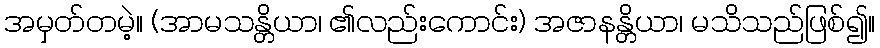
အမှတ်တမဲ့။ (အာမသန္တိယာ၊ ၏လည်းကောင်း) အဇာနန္တိယာ၊ မသိသည်ဖြစ်၍။